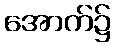
အောက်၌